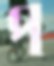
প